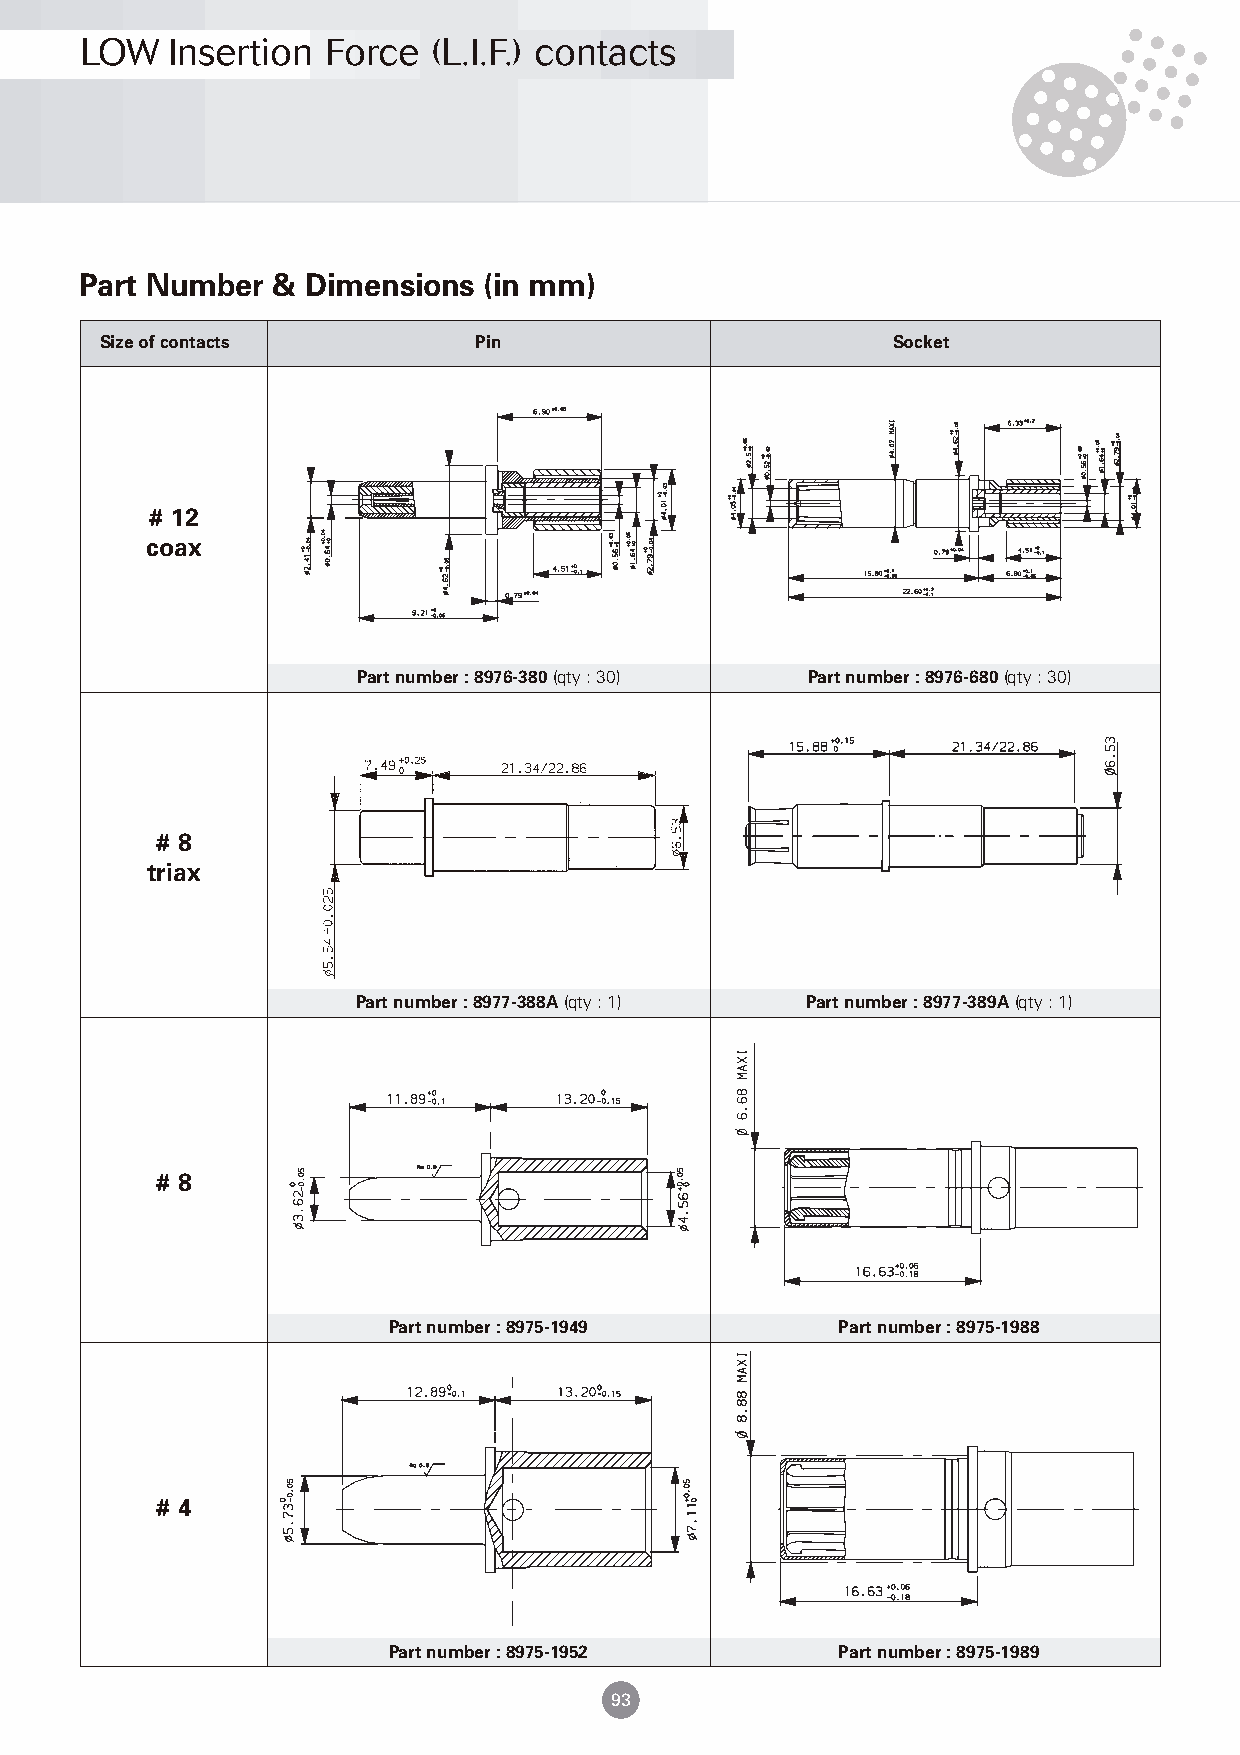
LOW   Insertion  Force  (L.I.F.) contacts
 Part Number  & Dimensions  (in mm)
 Size of contacts        Pin                         Socket
 # 12
 coax
 Part number : 8976-380(qty : 30) Part number : 8976-680(qty : 30)
 # 8
 triax
 Part number : 8977-388A(qty : 1) Part number : 8977-389A(qty : 1)
 # 8
 Part number : 8975-1949       Part number : 8975-1988
 # 4
 Part number : 8975-1952       Part number : 8975-1989
 93